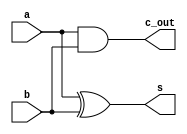
module half_adder(
    input a,
    input b,
    output s,
    output c_out
);

    // Dataflow programming style.
    assign s = a ^ b;
    assign c_out = a & b;

endmodule